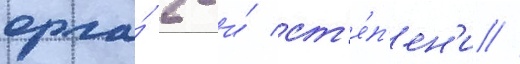
орла́ 2-и́ ст'е́п'ен'и //